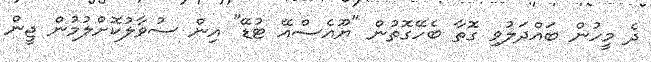
ދެ މީހުން ބައްދަލުވި ގޮތާ ބެހޭގޮތުން "ޔޫއެސްއޭ ޓުޑޭ" އިން ސުވާލުކޮށްލުމުން ޖީން